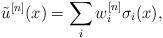
LaTeX: \begin{align*} \tilde{u}^{[n]}(x) = \sum_i w^{[n]}_i \sigma_i(x),\end{align*}